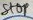
Text: Stop